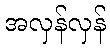
အလှန်လှန်